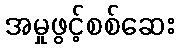
အမှုဖွင့်စစ်ဆေး